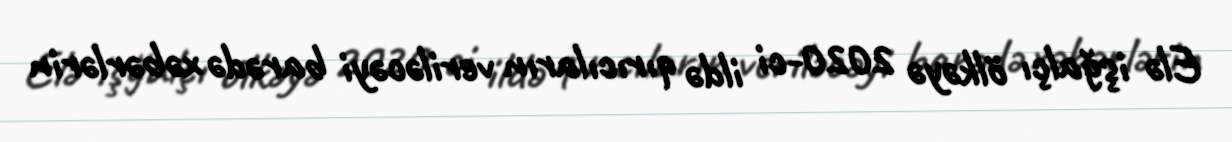
Elə işğalçı ölkəyə 2020-ci ildə qırıcıların veriləcəyi barədə xəbərlərin